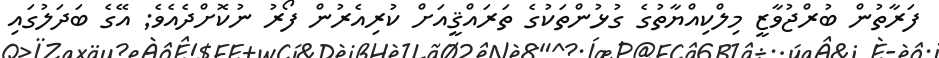
ފަރާތުން ބުރްޖުވާޒީ މިލްކިއްޔާތުގެ ގުޅުންތަކުގެ ތަރައްޤީއަށް ކުރިއެރުން ފޯރު ނުކޮށްދެއެވެ; އޭގެ ބަދަލުގައި